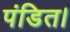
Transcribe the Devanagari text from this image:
पंडित।